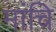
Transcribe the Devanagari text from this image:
मांचि